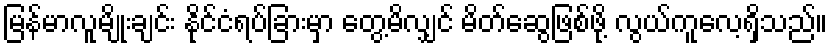
မြန်မာလူမျိုးချင်း နိုင်ငံရပ်ခြားမှာ တွေ့မိလျှင် မိတ်ဆွေဖြစ်ဖို့ လွယ်ကူလေ့ရှိသည်။